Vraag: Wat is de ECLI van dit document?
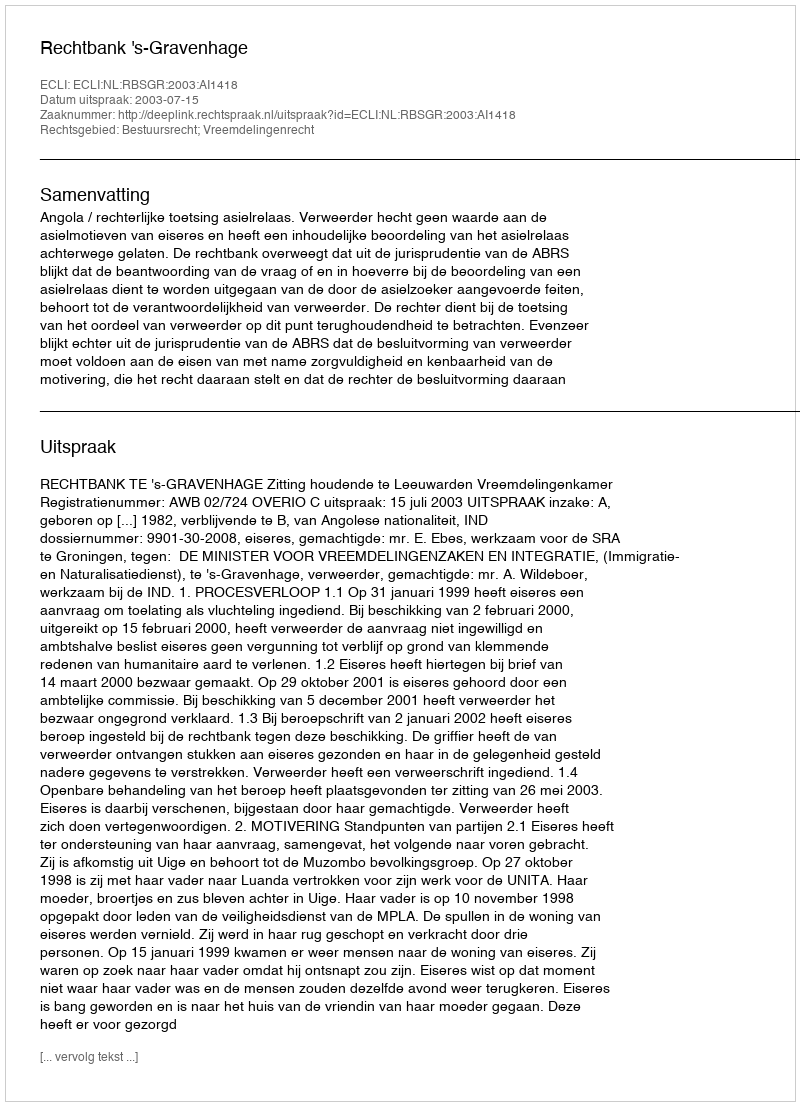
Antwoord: ECLI:NL:RBSGR:2003:AI1418